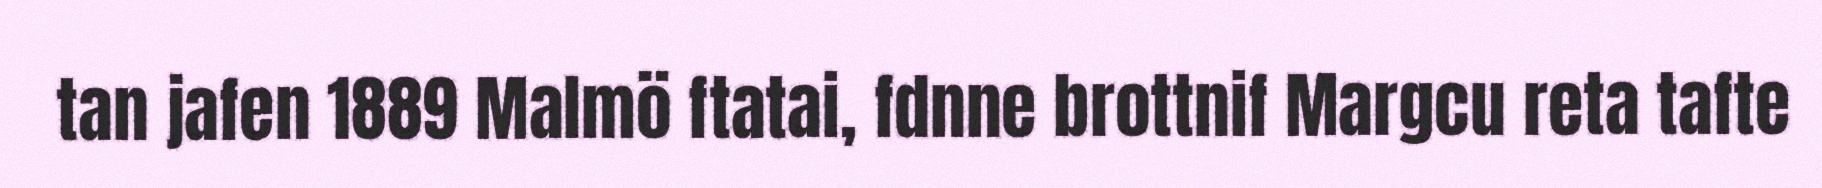
tan jafen 1889 Malmö ftatai, fdnne brottnif Margcu reta tafte